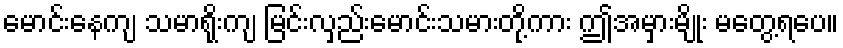
မောင်းနေကျ သမာရိုးကျ မြင်းလှည်းမောင်းသမားတို့ကား ဤအမှားမျိုး မတွေ့ရပေ။